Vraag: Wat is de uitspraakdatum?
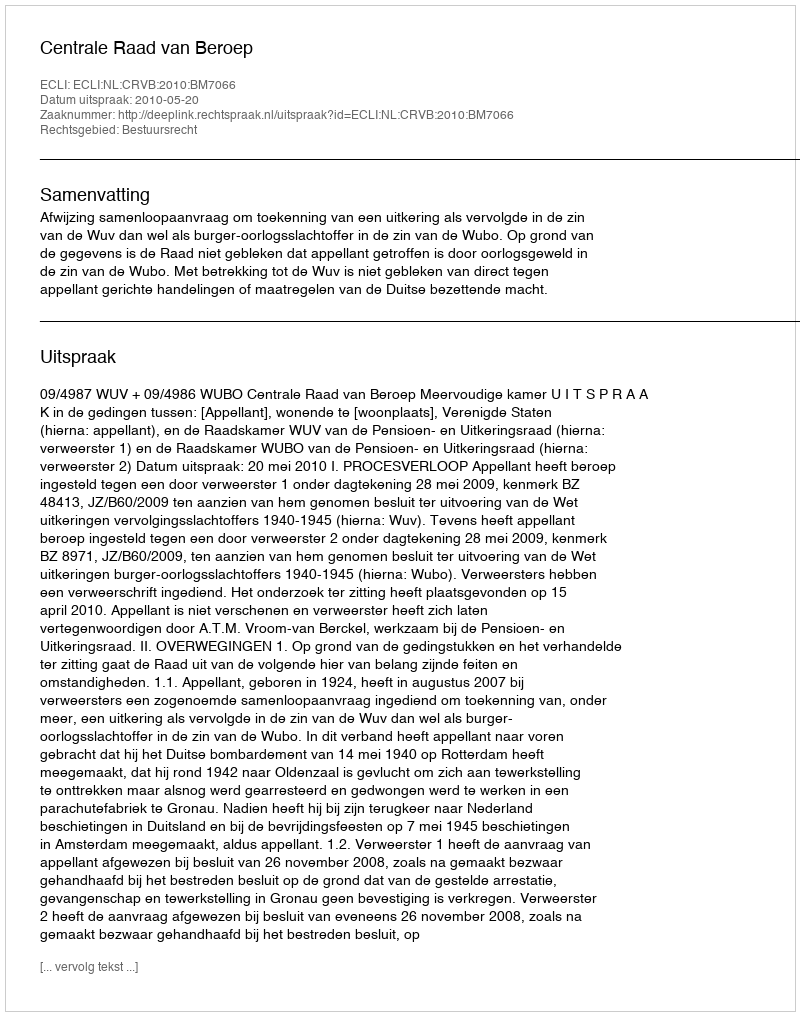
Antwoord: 2010-05-20